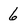
Character: 6